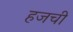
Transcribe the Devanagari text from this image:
हजची